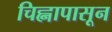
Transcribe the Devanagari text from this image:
चिह्नापासून